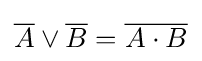
{\overline {A}}\lor {\overline {B}}={\overline {A\cdot B}}